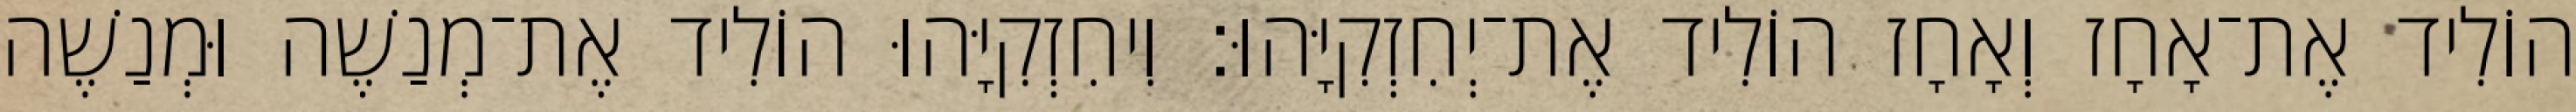
הוֹלִיד אֶת־אָחָז וְאָחָז הוֹלִיד אֶת־יְחִזְקִיָּהוּ׃ וִיחִזְקִיָּהוּ הוֹלִיד אֶת־מְנַשֶׁה וּמְנַשֶׁה